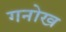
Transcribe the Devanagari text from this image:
गनोख